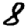
Digit: 8